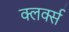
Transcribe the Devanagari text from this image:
क्लर्क्स